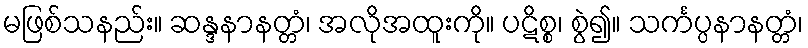
မဖြစ်သနည်း။ ဆန္ဒနာနတ္တံ၊ အလိုအထူးကို။ ပဋိစ္စ၊ စွဲ၍။ သင်္ကပ္ပနာနတ္တံ၊